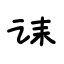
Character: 诔